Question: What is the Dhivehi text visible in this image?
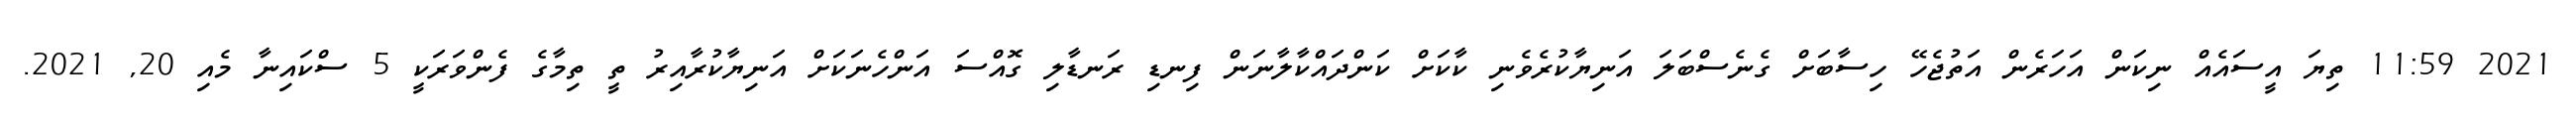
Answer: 2021 11:59 ތިޔަ އީސައެއް ނިކަން އަހަރެން އަތުޖެހޭ ހިސާބަށް ގެނެސްބަލަ އަނިޔާކުރެވެނި ކާކަށް ކަންދައްކާލާނަން ފިނޑި ރަނޑާލި ގޮއްސަ އަންހެނަކަށް އަނިޔާކުރާއިރު ތީ ތިމާގެ ފެންވަރަކީ 5 ސްކައިނާ މެއި 20, 2021.